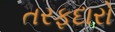
તરફદારો